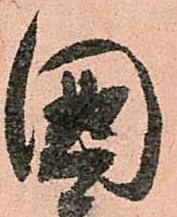
國